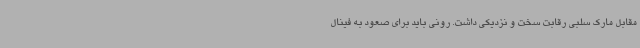
مقابل مارک سلبی رقابت سخت و نزدیکی داشت. رونی باید برای صعود به فینال